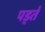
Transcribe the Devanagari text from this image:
पड्ते